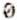
0